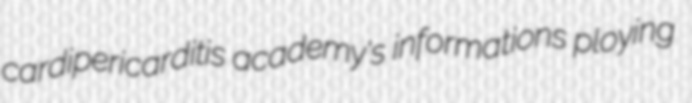
cardipericarditis academy's informations ploying